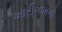
ખારીગામનો